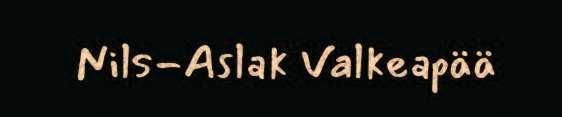
Nils-Aslak Valkeapää